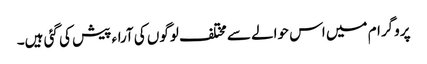
پروگرام میں اس حوالے سے مختلف لوگوں کی آراء پیش کی گئی ہیں۔